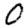
Digit: 0